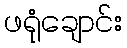
ဖရုံချောင်း